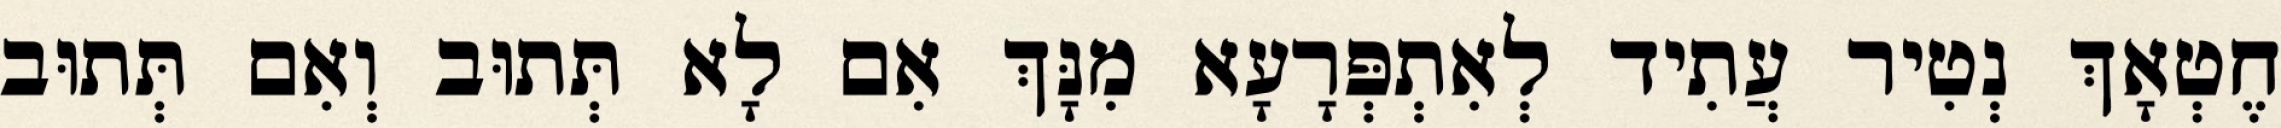
חֶטְאָךְ נְטִיר עֲתִיד לְאִתְפְּרָעָא מִנָּךְ אִם לָא תְּתוּב וְאִם תְּתוּב